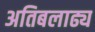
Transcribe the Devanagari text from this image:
अतिबलाढ्य